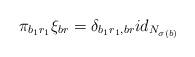
LaTeX: \begin{align*} \pi_{b_{1}r_{1}} \xi_{br}= \delta_{b_{1}r_{1},br}id_{N_{\sigma(b)}} \end{align*}